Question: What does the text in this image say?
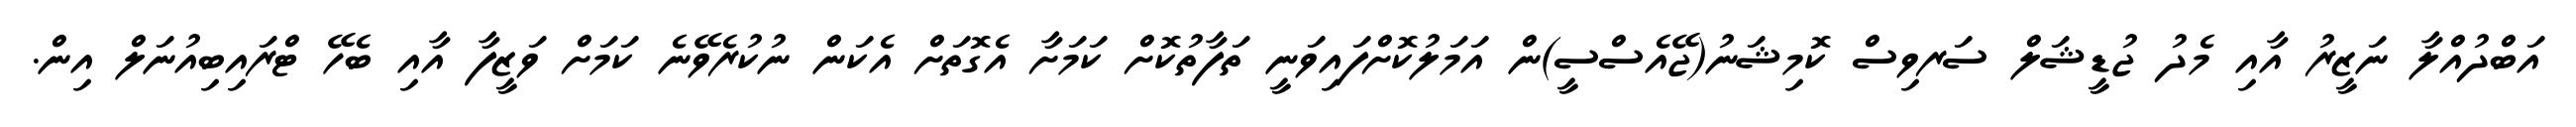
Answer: އަބްދުއްލާ ނަޒީރު އާއި މެދު ޖުޑީޝަލް ސަރވިސް ކޮމިޝަނު(ޖޭއެސްސީ)ން އަމަލުކޮށްފައިވަނީ ތަފާތުކޮށް ކަމަށާ އެގޮތަށް އެކަން ނުކުރެވޭނެ ކަމަށް ވަޒީފާ އާއި ބެހޭ ޓްރައިބިއުނަލް އިން.